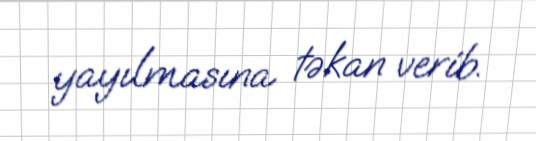
yayılmasına təkan verib.